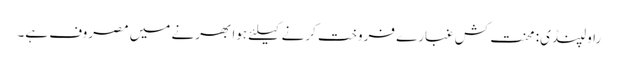
راولپنڈی: محنت کش غبارے فروخت کرنے کیلئے ہوا بھرنے میں مصروف ہے۔